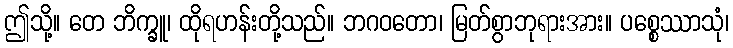
ဤသို့။ တေ ဘိက္ခူ၊ ထိုရဟန်းတို့သည်။ ဘဂဝတော၊ မြတ်စွာဘုရားအား။ ပစ္စေဿာသုံ၊